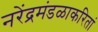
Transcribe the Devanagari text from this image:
नरेंद्रमंडळाकरितां